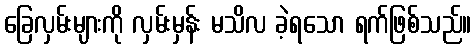
ခြေလှမ်းများကို လှမ်းမှန်း မသိလ ခဲ့ရသော ရက်ဖြစ်သည်။